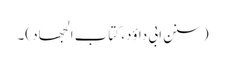
(سنن ابی داؤد، کتاب الجھاد )۔